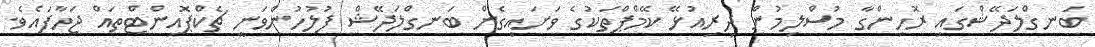
ބަނގްލަދޭޝްގައި ރޮހިންގާ މުސްލިމުން ދިރިއުޅޭ ކޭމްޕްތަކުގެ ވަށައިގެން ބަނގްލަދޭޝް ފުލުހުންވަނީ ޗެކްޕޮއިންޓްތައް ޖަހާފައެވެ.